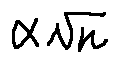
\alpha \sqrt { n }